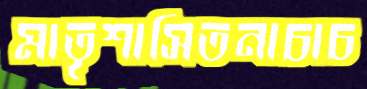
মাতৃশাসিতনাচাচ